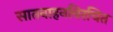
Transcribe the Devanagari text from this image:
सातवाहनविरचित